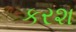
કરશ